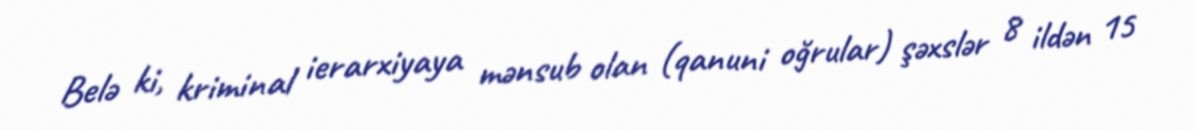
Belə ki, kriminal ierarxiyaya mənsub olan (qanuni oğrular) şəxslər 8 ildən 15